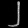
Digit: ၂